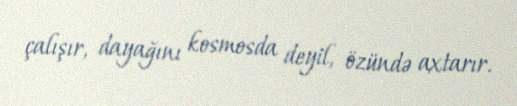
çalışır, dayağını kosmosda deyil, özündə axtarır.